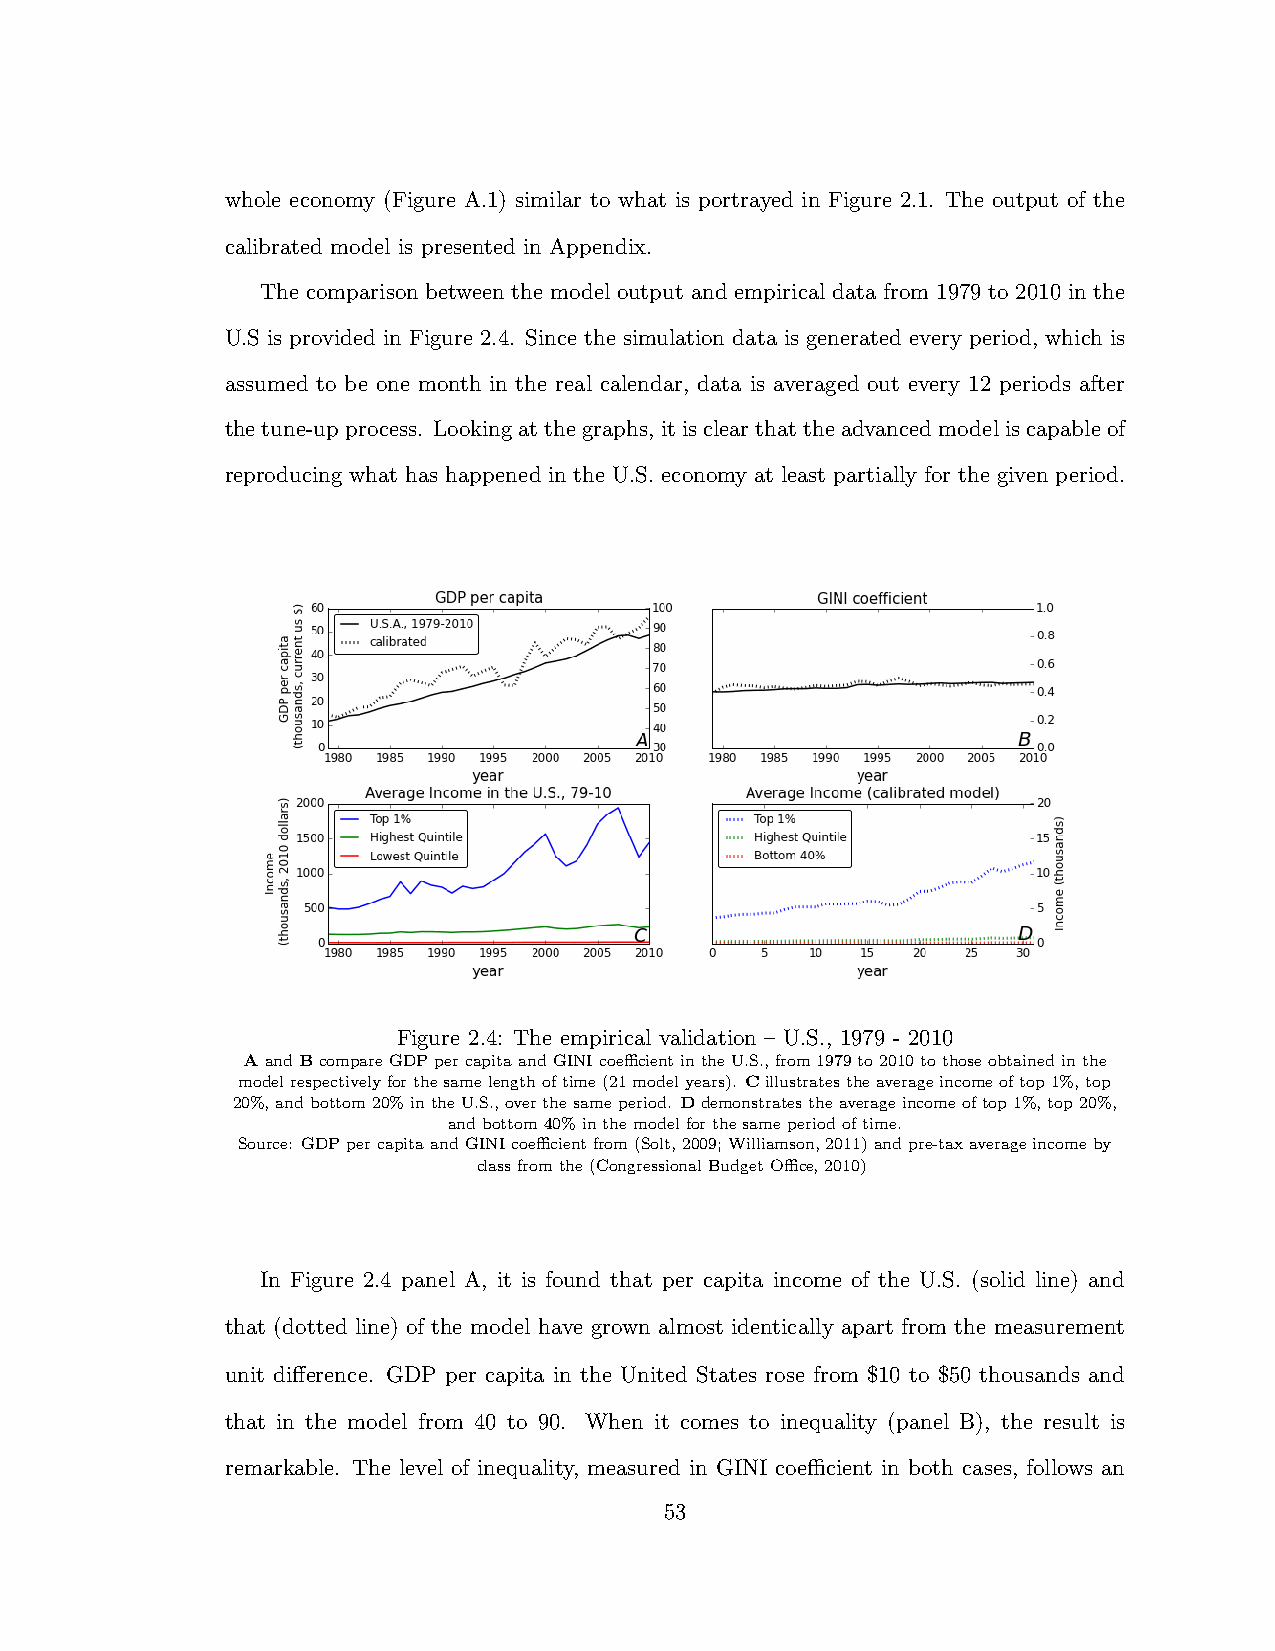
whole economy (Figure A.1) similar to what is portrayed in Figure 2.1. The output of the
 calibrated model is presented in Appendix.
 The comparison between the model output and empirical data from 1979 to 2010 in the
 U.S is provided in Figure 2.4. Since the simulation data is generated every period, which is
 assumed to be one month in the real calendar, data is averaged out every 12 periods after
 thetune-upprocess. Lookingatthegraphs, itisclearthattheadvancedmodeliscapableof
 reproducing what has happened in the U.S. economy at least partially for the given period.
 Figure 2.4: The empirical validation – U.S., 1979 - 2010
 AandBcompareGDPpercapitaandGINIcoecientintheU.S.,from1979to2010tothoseobtainedinthe
 modelrespectivelyforthesamelengthoftime(21modelyears). Cillustratestheaverageincomeoftop1%,top
 20%,andbottom20%intheU.S.,overthesameperiod. Ddemonstratestheaverageincomeoftop1%,top20%,
 andbottom40%inthemodelforthesameperiodoftime.
 Source: GDPpercapitaandGINIcoecientfrom(Solt,2009;Williamson,2011)andpre-taxaverageincomeby
 classfromthe(CongressionalBudgetOce,2010)
 In Figure 2.4 panel A, it is found that per capita income of the U.S. (solid line) and
 that (dotted line) of the model have grown almost identically apart from the measurement
 unit di↵erence. GDP per capita in the United States rose from $10 to $50 thousands and
 that in the model from 40 to 90. When it comes to inequality (panel B), the result is
 remarkable. The level of inequality, measured in GINI coecient in both cases, follows an
 53